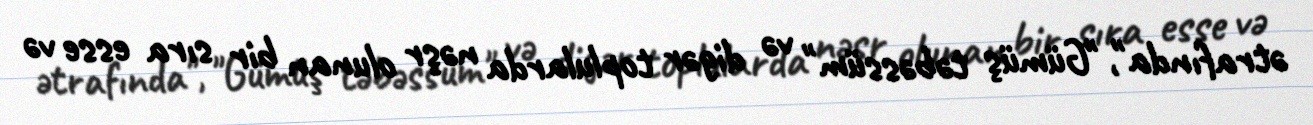
ətrafında", "Gümüş təbəssüm" və digər toplularda nəşr olunan bir sıra esse və